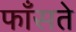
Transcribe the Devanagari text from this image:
फाँसते